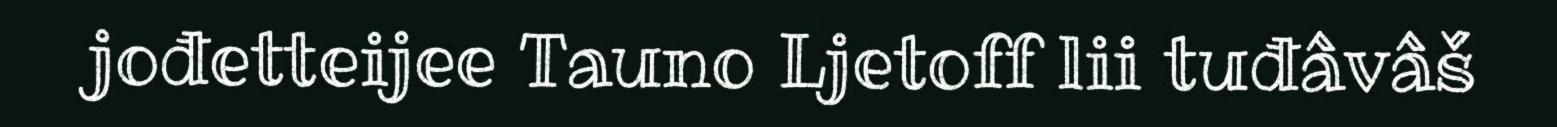
jođetteijee Tauno Ljetoff lii tuđâvâš